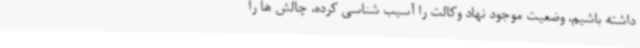
داشته باشیم، وضعیت موجود نهاد وکالت را آسیب شناسی کرده، چالش ها را